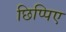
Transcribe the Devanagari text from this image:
छिप्पिए